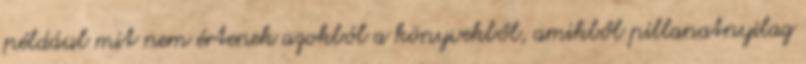
például mit nem értenek azokból a könyvekből, amikből pillanatnyilag